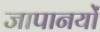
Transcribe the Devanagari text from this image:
जापानयों